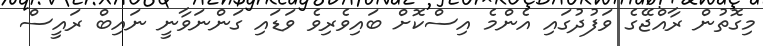
މިގޮތުން ރާއްޖޭގެ ވަފުދުގައި އެންމެ އިސްކޮށް ބައިވެރިވެ ވަޑައި ގަންނަވާނީ ނައިބް ރައީސް